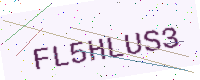
Text: FL5HLUS3